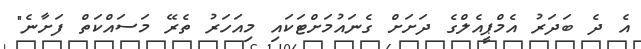
އެ ދެ ބަދަރު އެމްޕީއެލްގެ ދަށަށް ގެނައުމަށްޓަކައި މިއަހަރު ތެރޭ މަސައްކަތް ފަށާނެ"